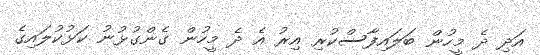
އަދި ދެ މީހުން ބަލައިފާސްކުރި އިރު އެ ދެ މީހުން ގެންގުޅުނު ކަޅުކުލައިގެ